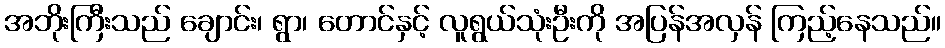
အဘိုးကြီးသည် ချောင်း၊ ရွာ၊ တောင်နှင့် လူရွယ်သုံးဦးကို အပြန်အလှန် ကြည့်နေသည်။